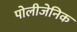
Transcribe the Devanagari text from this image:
पोलीजेनिक